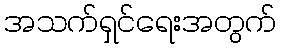
အသက်ရှင်ရေးအတွက်